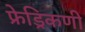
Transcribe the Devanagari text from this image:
फ्रेड्रिकणी